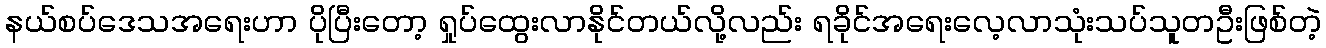
နယ်စပ်ဒေသအရေးဟာ ပိုပြီးတော့ ရှုပ်ထွေးလာနိုင်တယ်လို့လည်း ရခိုင်အရေးလေ့လာသုံးသပ်သူတဦးဖြစ်တဲ့